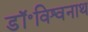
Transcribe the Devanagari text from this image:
डॉ॰विश्वनाथ